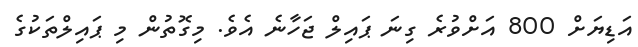
އަޑިޔަށް 800 އަށްވުރެ ގިނަ ޕައިލް ޖަހާނެ އެވެ. މިގޮތުން މި ޕައިލްތަކުގެ